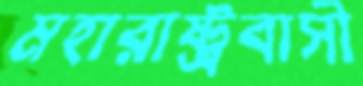
মহারাষ্ট্রবাসী